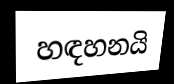
හඳහනයි